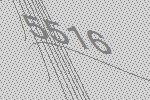
5516